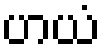
ဟယံ